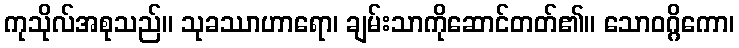
ကုသိုလ်အစုသည်။ သုခဿာဟာရော၊ ချမ်းသာကိုဆောင်တတ်၏။ သောဝဂ္ဂိကော၊